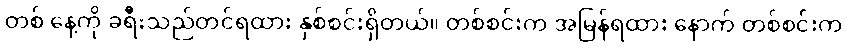
တစ် နေ့ကို ခရီးသည်တင်ရထား နှစ်စင်းရှိတယ်။ တစ်စင်းက အမြန်ရထား နောက် တစ်စင်းက